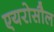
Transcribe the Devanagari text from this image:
एयरोसौल